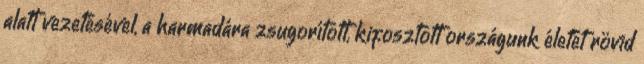
alatt vezetésével, a harmadára zsugorított, kifosztott országunk életét rövid